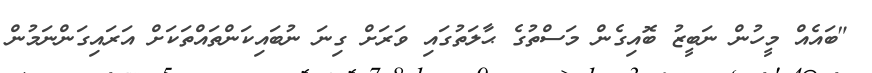
"ބައެއް މީހުން ނަބީޒު ބޮއިގެން މަސްތުގެ ޙާލަތުގައި ވަރަށް ގިނަ ނުބައިކަންތައްތަކަށް އަރައިގަންނަމުން